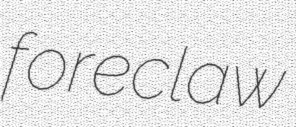
foreclaw